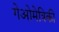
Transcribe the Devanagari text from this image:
गेओमेत्रिकी